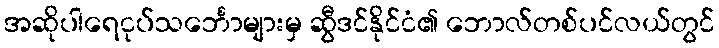
အဆိုပါရေငုပ်သင်္ဘောများမှ ဆွီဒင်နိုင်ငံ၏ ဘောလ်တစ်ပင်လယ်တွင်